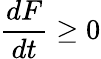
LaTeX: \frac{dF}{dt}\geq 0